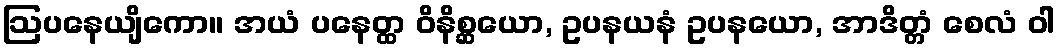
ဩပနေယျိကော။ အယံ ပနေတ္ထ ဝိနိစ္ဆယော, ဥပနယနံ ဥပနယော, အာဒိတ္တံ စေလံ ဝါ